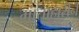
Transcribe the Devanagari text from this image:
माताहारीने